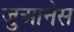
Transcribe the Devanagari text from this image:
जुआनेस